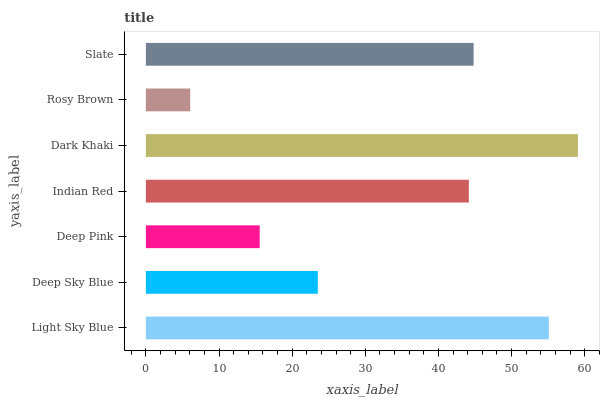
| yaxis_label | bars |
 | --- | --- |
 | Light Sky Blue | 55.1 |
 | Deep Sky Blue | 23.5 |
 | Deep Pink | 15.6 |
 | Indian Red | 44.2 |
 | Dark Khaki | 59.1 |
 | Rosy Brown | 6.06 |
 | Slate | 44.8 |